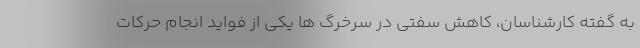
به گفته کارشناسان، کاهش سفتی در سرخرگ ها یکی از فواید انجام حرکات